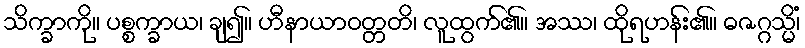
သိက္ခာကို။ ပစ္စက္ခာယ၊ ချ၍။ ဟီနာယာဝတ္တတိ၊ လူထွက်၏။ အဿ၊ ထိုရဟန်း၏။ ဓဇဂ္ဂသ္မိံ၊